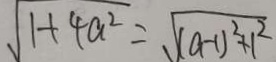
\sqrt { 1 + 4 a ^ { 2 } } = \sqrt { ( a - 1 ) ^ { 2 } + 1 ^ { 2 } }